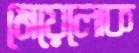
মেয়েলোক